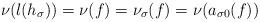
LaTeX: \begin{align*}\nu(l(h_\sigma))=\nu(f)=\nu_\sigma(f)=\nu(a_{\sigma 0}(f))\end{align*}